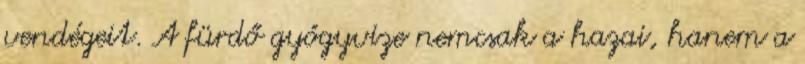
vendégeit. A fürdő gyógyvize nemcsak a hazai, hanem a